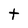
Character: t